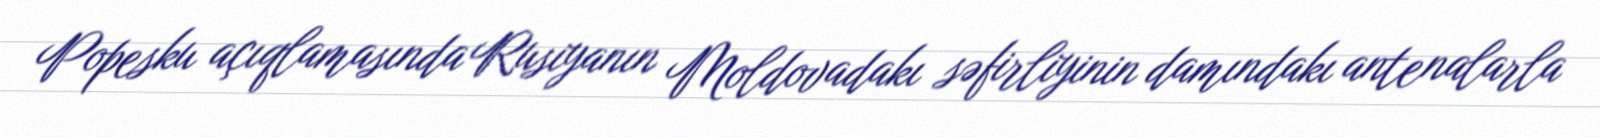
Popesku açıqlamasında Rusiyanın Moldovadakı səfirliyinin damındakı antenalarla